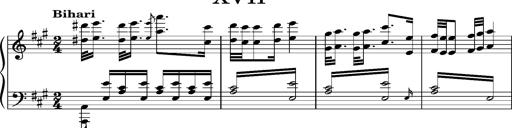
Title: Ungarischer Romanzero
Composer: Franz Liszt